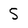
Character: 5